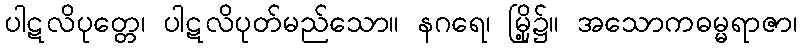
ပါဋလိပုတ္တေ၊ ပါဋလိပုတ်မည်သော။ နဂရေ၊ မြို့၌။ အသောကဓမ္မရာဇာ၊